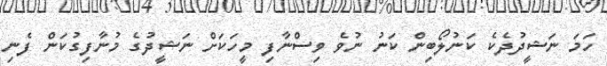
ހަމަ ނަޝީދުދެކެ ކަނުލޯބިން ކަނު ނުވެ ވިސްނާފި މީހަކަށް ނަޝީދުގެ މުނާފިގުކަން ފެނި